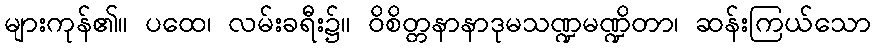
များကုန်၏။ ပထေ၊ လမ်းခရီး၌။ ဝိစိတ္တနာနာဒုမသဏ္ဍမဏ္ဍိတာ၊ ဆန်းကြယ်သော